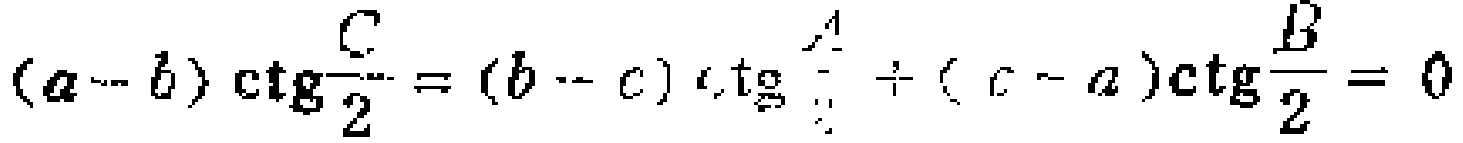
\((a - b)\ctg\frac{C}{2}=(b - c)\ctg\frac{A}{2}+(c - a)\ctg\frac{B}{2}=0\)